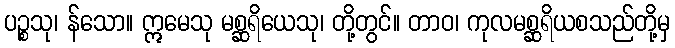
ပဉ္စသု၊ န်သော။ ဣမေသု မစ္ဆရိယေသု၊ တို့တွင်။ တာဝ၊ ကုလမစ္ဆရိယစသည်တို့မှ